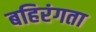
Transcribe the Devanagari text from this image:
बहिरंगता